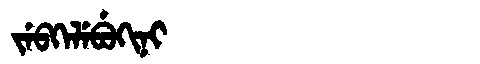
Manchu: ᠵᡝᠪᡴᡝᠯᡝᠪᡠᡴᡳᠨᡳ
Romanization: JEBKELEBUKINI